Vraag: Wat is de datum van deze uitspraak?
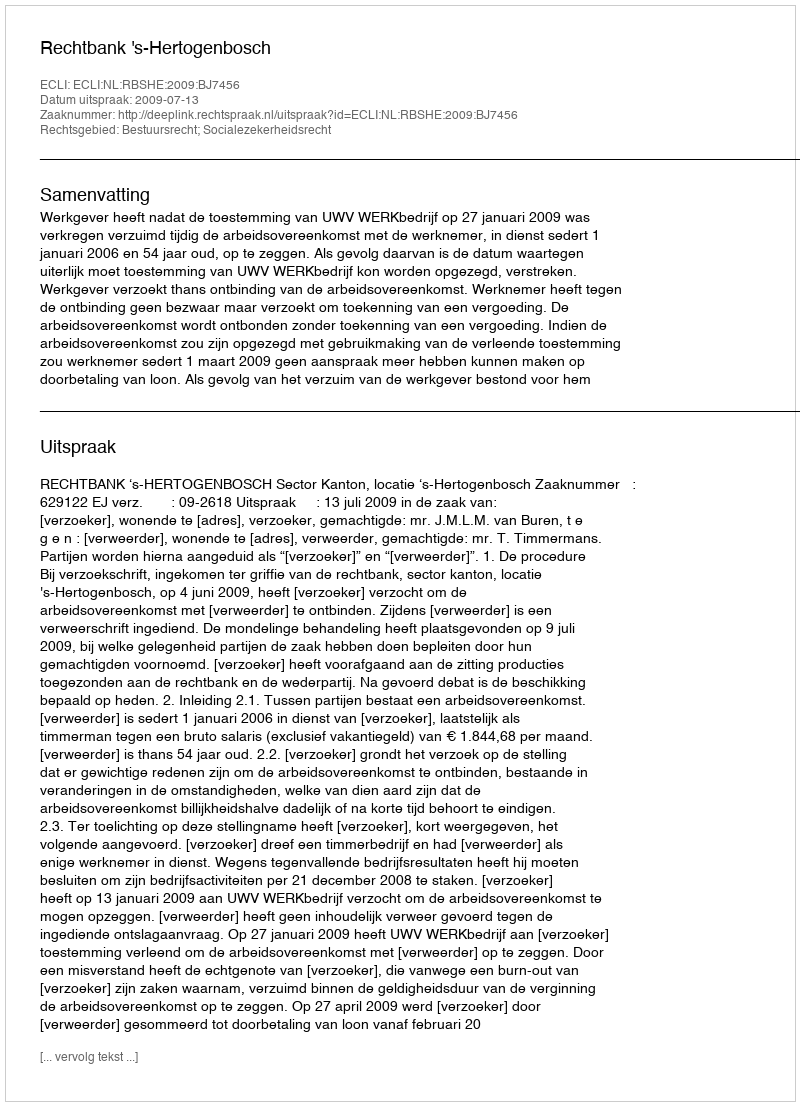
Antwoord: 2009-07-13